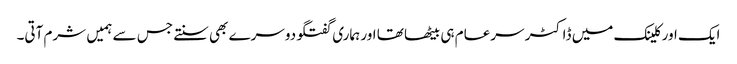
ایک اور کلینک میں ڈاکٹر سرعام ہی بیٹھا تھا اور ہماری گفتگو دوسرے بھی سنتے جس سے ہمیں شرم آتی۔